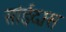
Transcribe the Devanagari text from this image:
सांईदास